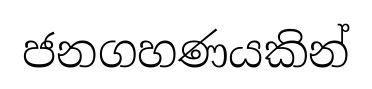
ජනගහණයකින්